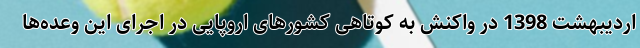
اردیبهشت 1398‌ در واکنش به کوتاهی کشورهای اروپایی در اجرای این وعده‌ها